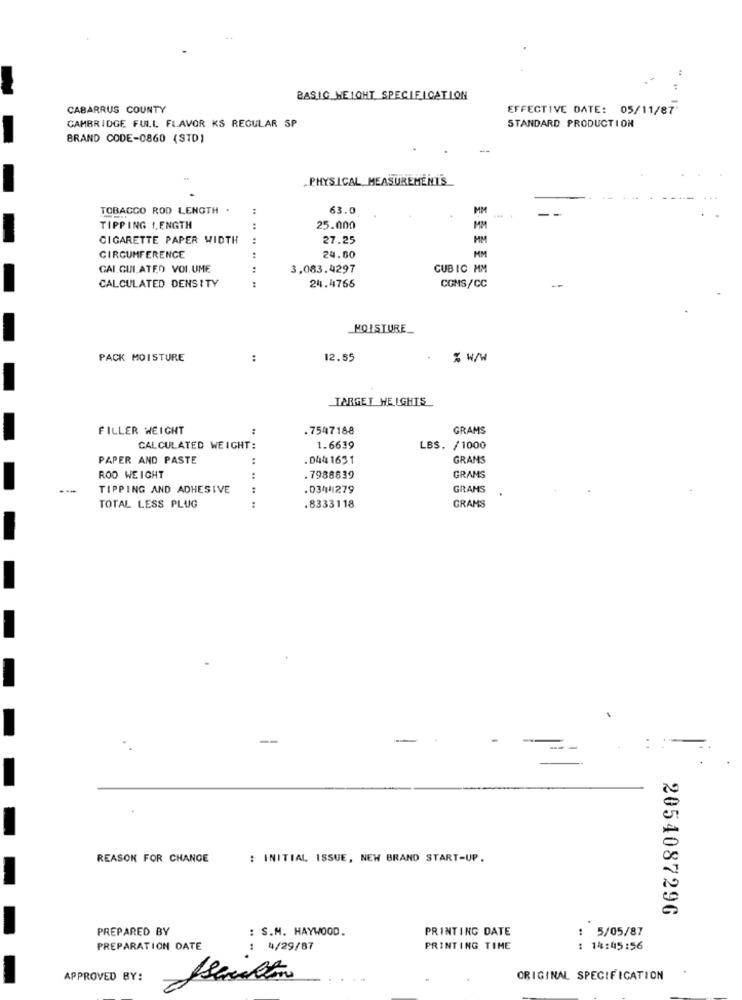
BASIC HEIGHT SPECIFICATION
CABARRUS COUNTY
EFFECTIVE DATE: 05/11/87'
CAMBRIDGE FULL FLAVOR KS REGULAR SP
STANDARD PRODUCTION
BRAND CODE-0860 (STD)
.. PHYSICAL MEASUREMENT'S
TOBACCO ROD LENGTH .
63.0
MM
TIPPING LENGTH
.. ..
25.000
MM
CIGARETTE PAPER WIDTH
27.25
MM
CIRCUMFERENCE
:
.. ..
24.00
MM
GAI GULATEO VOLUME
3,083.4297
CUBIC MM
CALCULATED DENSITY
24.4766
COMS/CC
HOISTURE
PACK MOISTURE
:
12.55
% w/w
TARGET WEIGHTS
FILLER WEIGHT
.7547188
GRAMS
CALCULATED WEIGHT:
1.6639
LBS. / 1000
PAPER AND PASTE
.044 1631
GRAMS
ROD WEIGHT
:
. 7988839
GRAMS
TIPPING AND ADHESIVE
:
.034 1279
GRANS
TOTAL LESS PLUG
.8333118
GRAMS
=-
REASON FOR CHANGE
: INITIAL ISSUE, NEW BRAND START-UP.
2054087296
PREPARED BY
: S.M. HAYWOOD.
PRINTING DATE
: 5/05/87
PREPARATION DATE
: 4/29/87
PRINTING TIME
: 14:45:56
APPROVED BY:
Jsemakten
ORIGINAL SPECIFICATION